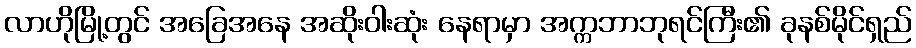
လာဟိုမြို့တွင် အခြေအနေ အဆိုးဝါးဆုံး နေရာမှာ အက္ကဘာဘုရင်ကြီး၏ ခုနစ်မိုင်ရှည်